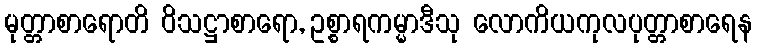
မုတ္တာစာရောတိ ဝိသဋ္ဌာစာရော, ဥစ္စာရကမ္မာဒီသု လောကိယကုလပုတ္တာစာရေန